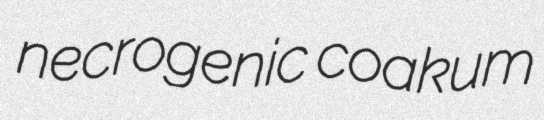
necrogenic coakum